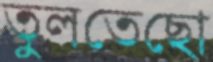
তুলতেছো